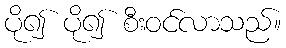
ပို၍ ပို၍ စီးဝင်လာသည်။